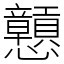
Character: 戅